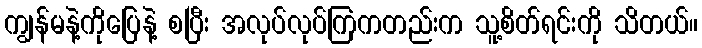
ကျွန်မနဲ့ကိုပြေနဲ့ စပြီး အလုပ်လုပ်ကြကတည်းက သူ့စိတ်ရင်းကို သိတယ်။